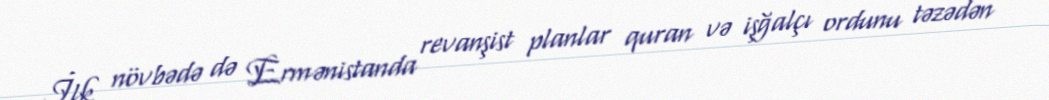
İlk növbədə də Ermənistanda revanşist planlar quran və işğalçı ordunu təzədən